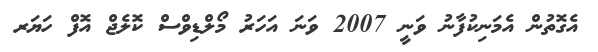
އެގޮތުން އެމަނިކުފާނު ވަނީ 2007 ވަނަ އަހަރު މޯލްޑިވްސް ކޮލެޖް އޮފް ހަޔަރ